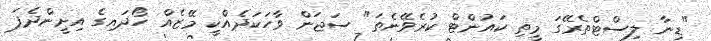
"ޑިނާ ލިސްޓްތެރޭގަ މީތި ކައުންޓް ކުރެވޭނެތަ" ސަޖަން ވާހަކަދެއްކީ މޭޒެއް ހޯދައިގެ އިށީންދެފަ